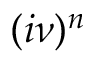
( i \nu ) ^ { n }